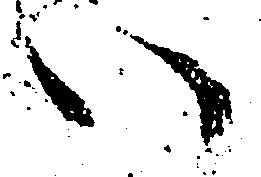
い